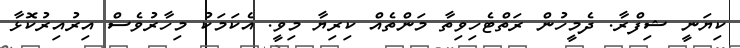
ކިޔަނީ ޝިފްރާ. ދެމީހުން ރަތްޓެހިވިތާ މަންތެއް ކިރިޔާ މިވީ. އެކަމަކު މިހާރުވެސް އިރުއިރުކޮޅާ